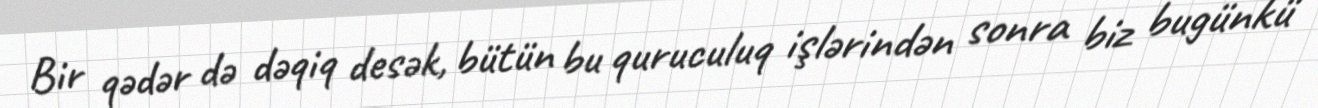
Bir qədər də dəqiq desək, bütün bu quruculuq işlərindən sonra biz bugünkü